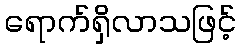
ရောက်ရှိလာသဖြင့်